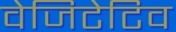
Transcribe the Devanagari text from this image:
वेजिटेटिव